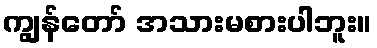
ကျွန်တော် အသားမစားပါဘူး။